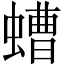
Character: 螬